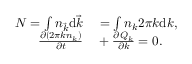
\begin{array} { r l } { N = \int n _ { \vec { k } } \mathrm d \vec { k } } & { { } = \int n _ { k } 2 \pi k \mathrm d k , } \\ { \frac { \partial ( 2 \pi k n _ { k } ) } { \partial t } } & { { } + \frac { \partial Q _ { k } } { \partial k } = 0 . } \end{array}